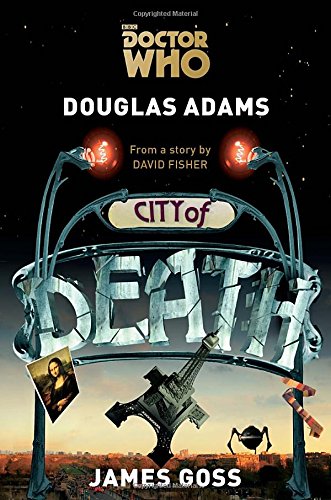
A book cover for Doctor Who: City of Death; Douglas Adams; Literature & Fiction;